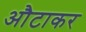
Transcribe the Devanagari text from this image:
औटाकर